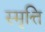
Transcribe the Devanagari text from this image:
स्मृत्ति